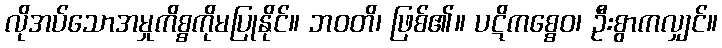
လိုအပ်သောအမှုကိစ္စကိုမပြုနိုင်။ ဘဝတိ၊ ဖြစ်၏။ ပဋိကစ္စေဝ၊ ဦးစွာကလျှင်။